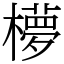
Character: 𬄺